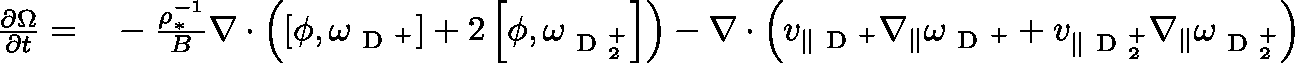
\begin{array} { r l } { \frac { \partial \Omega } { \partial t } = } & { { } - \frac { \rho _ { * } ^ { - 1 } } { B } \nabla \cdot \left( \left[ \phi , \mathbf { \omega } _ { \mathrm { ~ D ~ } ^ { + } } \right] + 2 \left[ \phi , \mathbf { \omega } _ { \mathrm { ~ D ~ } _ { 2 } ^ { + } } \right] \right) - \nabla \cdot \left( v _ { \| \mathrm { ~ D ~ } ^ { + } } \nabla _ { \| } \mathbf { \omega } _ { \mathrm { ~ D ~ } ^ { + } } + v _ { \| \mathrm { ~ D ~ } _ { 2 } ^ { + } } \nabla _ { \| } \mathbf { \omega } _ { \mathrm { ~ D ~ } _ { 2 } ^ { + } } \right) } \end{array}